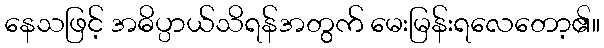
နေသဖြင့် အဓိပ္ပာယ်သိရန်အတွက် မေးမြန်းရလေတော့၏။